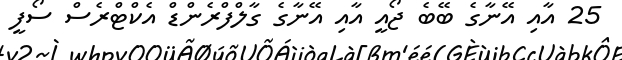
25 އާއި އޭނާގެ ބޭބެ ޖޯއީ އާއި އޭނާގެ ގާލްފްރެންޑް އެކްޓްރެސް ސޯފީ